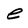
Character: e